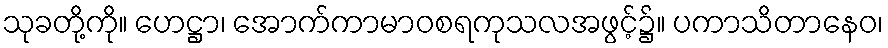
သုခတို့ကို။ ဟေဋ္ဌာ၊ အောက်ကာမာဝစရကုသလအဖွင့်၌။ ပကာသိတာနေဝ၊